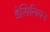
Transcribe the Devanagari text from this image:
डेसिलियन